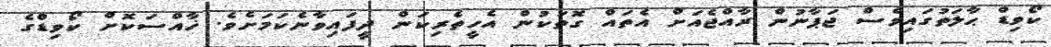
ކޯވިޑް ޙާލަތުގައިވެސް ޖަޕާނުން ރާއްޖެއަށް އެތައް ގޮތަކުން އެހީތެރިކަން ދީފައިވާނެކަމަށެވެ. ޚާއްސަކޮށް ކޯވިޑްގެ